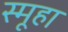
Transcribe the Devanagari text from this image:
स्मूहा